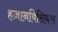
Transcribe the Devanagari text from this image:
हज़ानविसियस